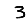
Digit: 3